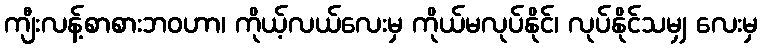
ကျီးလန့်စာစားဘဝဟာ၊ ကိုယ့်လယ်လေးမှ ကိုယ်မလုပ်နိုင်၊ လုပ်နိုင်သမျှ လေးမှ